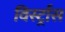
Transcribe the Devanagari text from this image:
विर्स्ट्रास